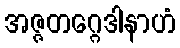
အဇ္ဇတဂ္ဂေဒါနာဟံ